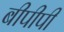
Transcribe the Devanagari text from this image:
बीपीपी